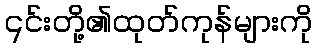
၎င်းတို့၏ထုတ်ကုန်များကို